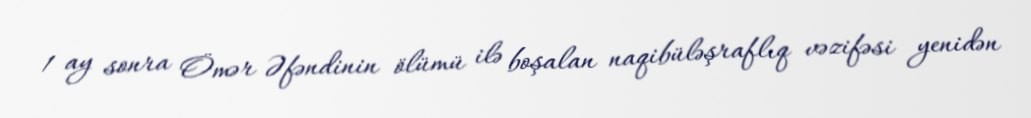
1 ay sonra Ömər Əfəndinin ölümü ilə boşalan naqibüləşraflıq vəzifəsi yenidən